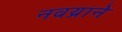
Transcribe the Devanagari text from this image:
नवय्राने